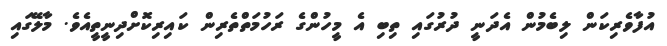
އުފާވެރިކަން ލިބެމުން އެދަނީ ދުރުގައި ތިބި އެ މީހުންގެ ރަހުމަތްތެރިން ކައިރިކޮށްދިނީތީއެވެ. މާލޭގައި